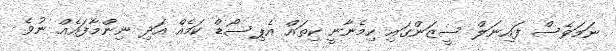
ނަމަވެސް ފައިނަލް ސީޒަންގައި ހިމެނާނީ ކިތައް އެޕިސޯޑް ކަމެއް އަދި ނިންމާފައެއް ނުވެ